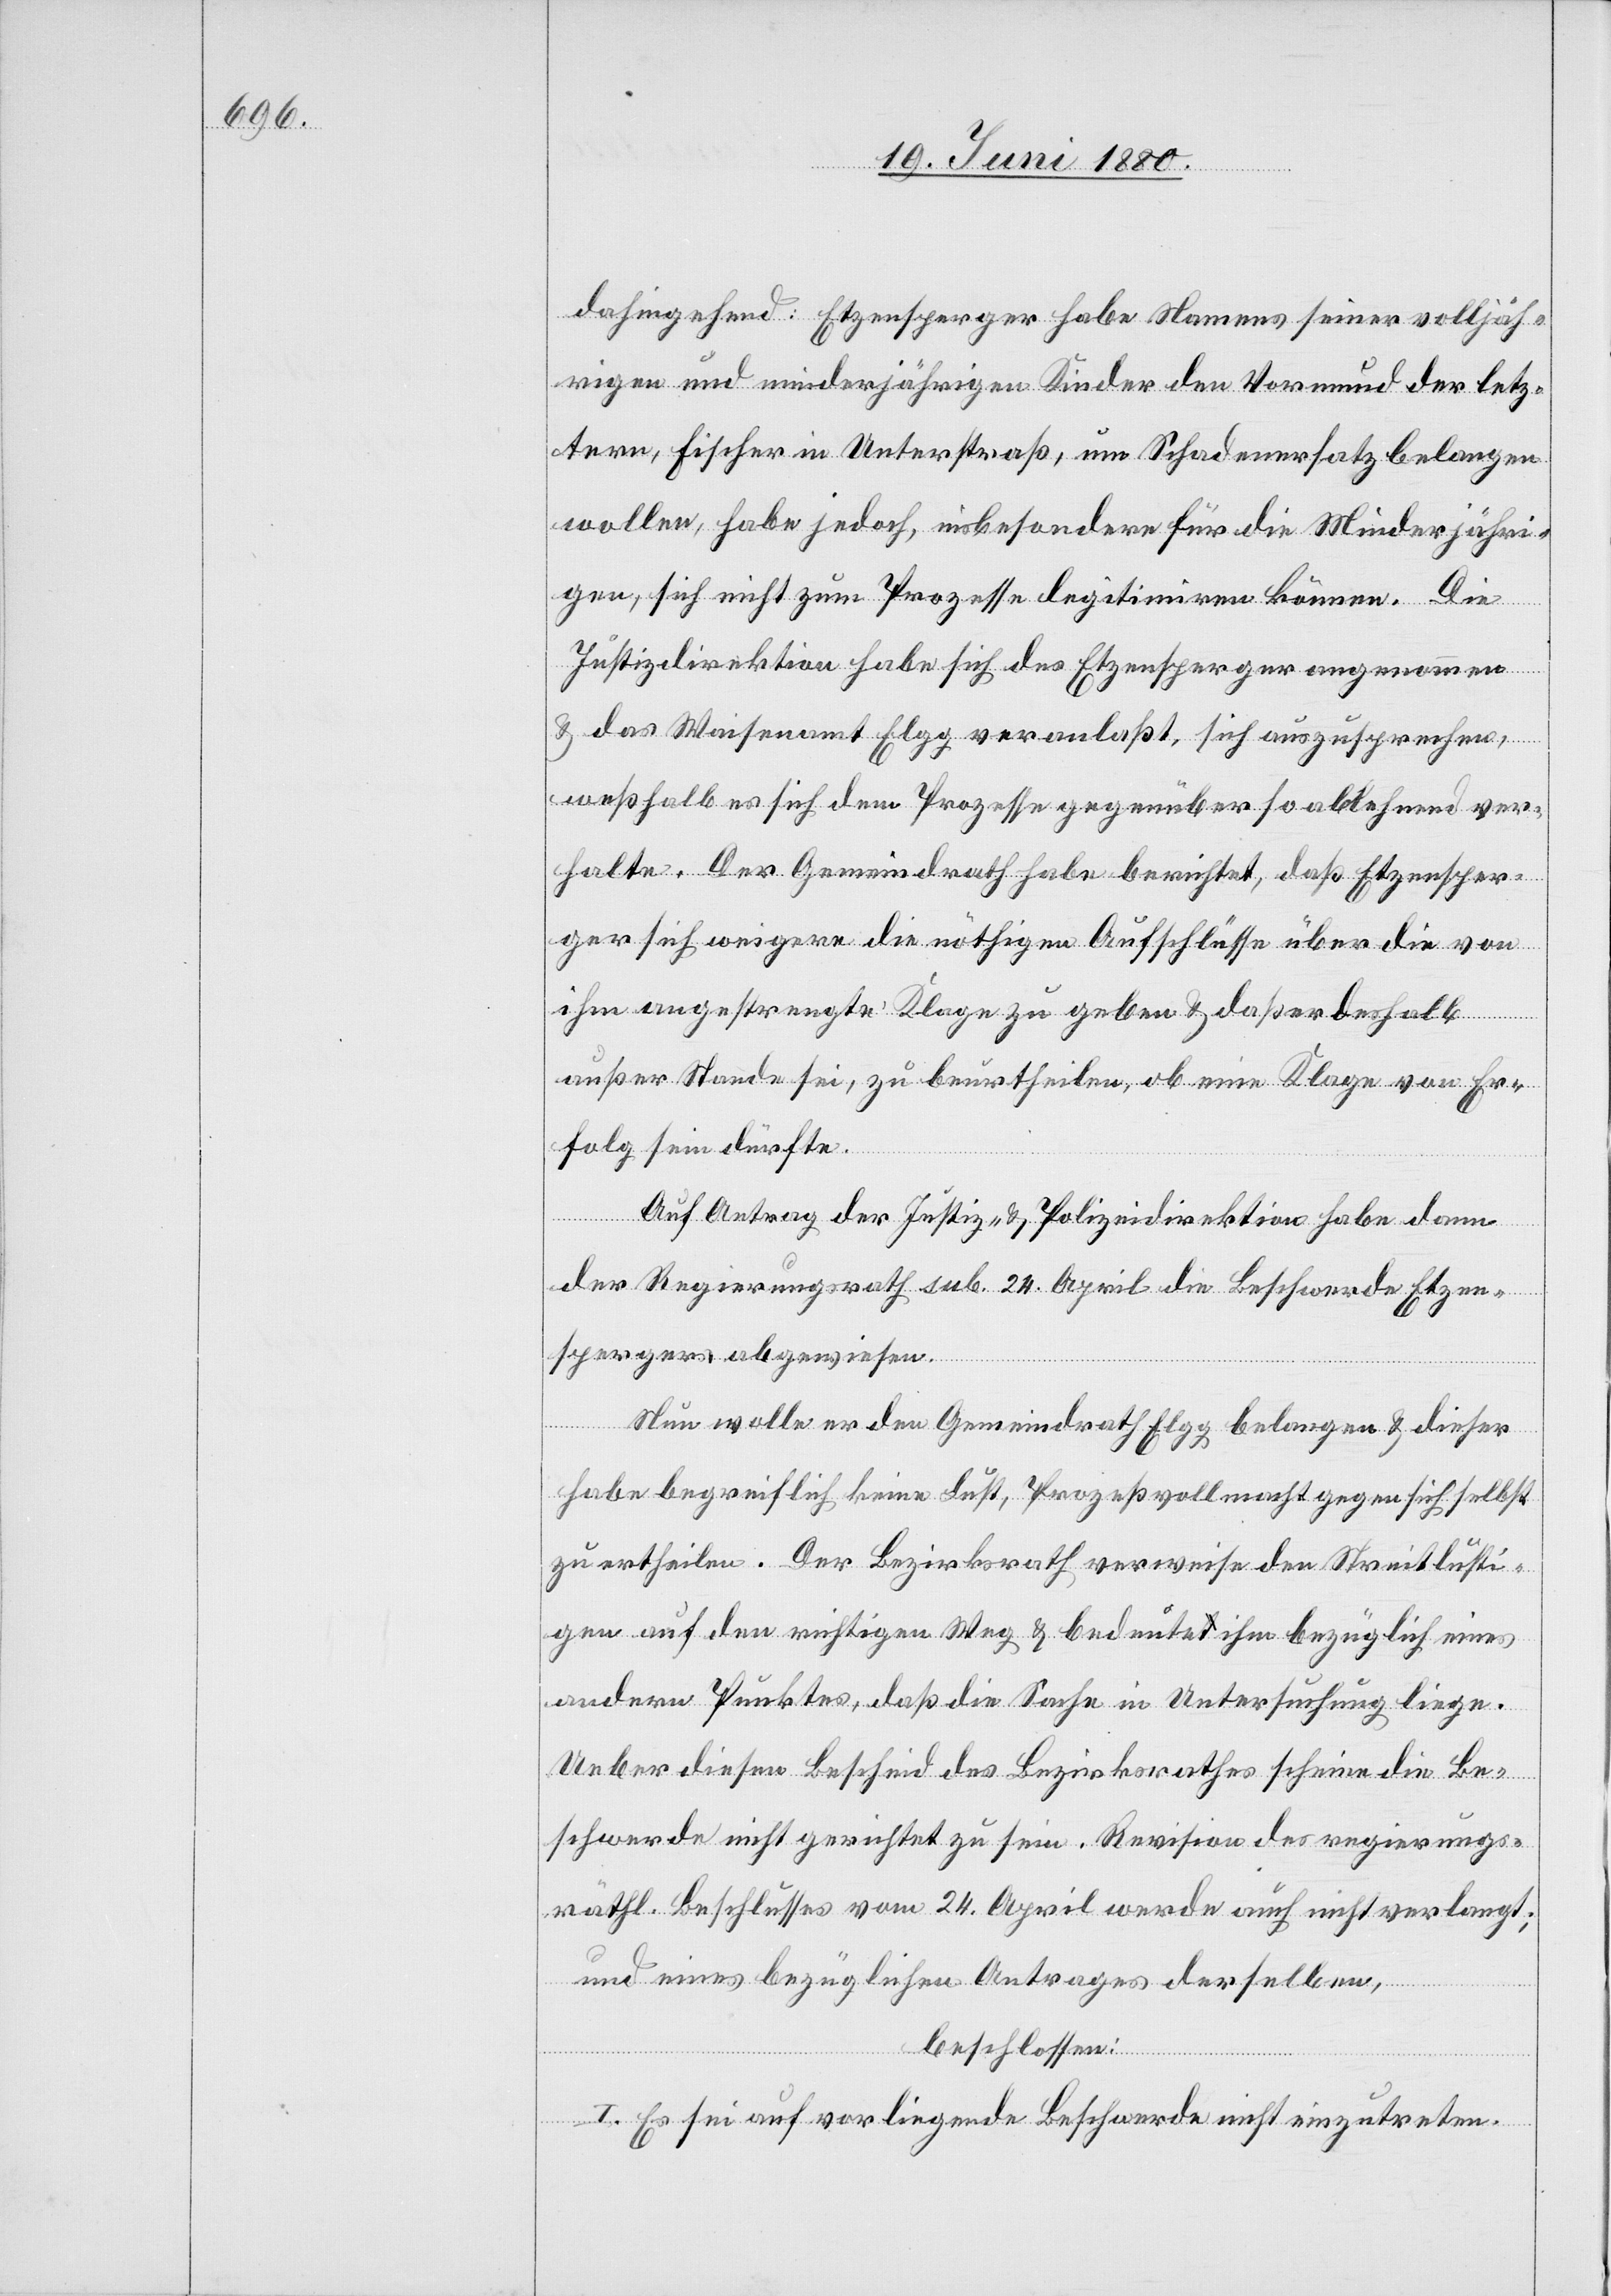
dahin gehend: Etzensperger habe Namens seiner volljäh¬
rigen und minderjährigen Kinder den Vormund der letz¬
tern, Fischer in Unterstraß, um Schadenersatz belangen
wollen, habe jedoch, insbesondere für die Minderjähri¬
gen, sich nicht zum Prozesse legitimiren können. Die
Justizdirektion habe sich des Etzensperger angenommen
& das Waisenamt Elgg veranlaßt, sich auszusprechen,
weßhalb es sich dem Prozesse gegenüber so ablehnend ver¬
halte. Der Gemeindrath habe berichtet, daß Etzensper¬
ger sich weigere, die nöthigen Aufschlüsse über die von
ihm angestrengte Klage zu geben & daß er deshalb
außer Stande sei, zu beurtheilen, ob eine Klage von Er¬
folg sein dürfte.
Auf Antrag der Justiz- & Polizeidirektion habe dann
der Regierungsrath sub. 24. April die Beschwerde Etzen¬
spergers abgewiesen.
Nun wolle er den Gemeindrath Elgg belangen & dieser
habe begreiflich keine Lust, Prozeßvollmacht gegen sich selbst
zu ertheilen. Der Bezirksrath verweise den Streitlusti¬
gen auf den richtigen Weg & bedeute ihm bezüglich eines
andern Punktes, daß die Sache in Untersuchung liege.
Ueber diesen Bescheid des Bezirksrathes scheine die Be¬
schwerde nicht gerichtet zu sein. Revision des regierungs¬
räthl. Beschlusses vom 24. April werde auch nicht verlangt;
und eines bezüglichen Antrages derselben,
beschlossen:
I. Es sei auf vorliegende Beschwerde nicht einzutreten.